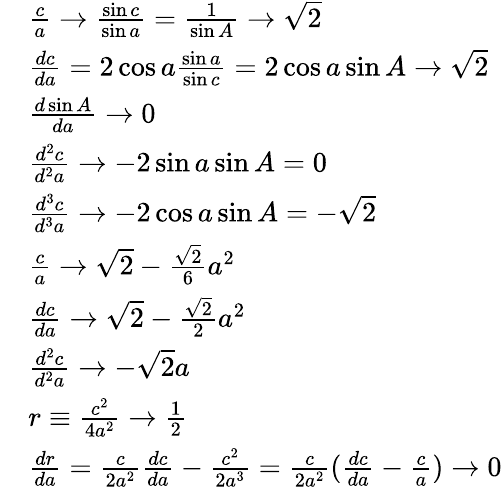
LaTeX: \begin{array}{rl}&{\frac{c}{a}\rightarrow\frac{\sin c}{\sin a}=\frac{1}{\sin A}\rightarrow\sqrt{2}}\\ &{\frac{dc}{da}=2\cos a\frac{\sin a}{\sin c}=2\cos a\sin A\rightarrow\sqrt{2}}\\ &{\frac{d\sin A}{da}\rightarrow 0}\\ &{\frac{d^{2}c}{d^{2}a}\rightarrow-2\sin a\sin A=0}\\ &{\frac{d^{3}c}{d^{3}a}\rightarrow-2\cos a\sin A=-\sqrt{2}}\\ &{\frac{c}{a}\rightarrow\sqrt{2}-\frac{\sqrt{2}}{6}a^{2}}\\ &{\frac{dc}{da}\rightarrow\sqrt{2}-\frac{\sqrt{2}}{2}a^{2}}\\ &{\frac{d^{2}c}{d^{2}a}\rightarrow-\sqrt{2}a}\\ &{r\equiv\frac{c^{2}}{4a^{2}}\rightarrow\frac{1}{2}}\\ &{\frac{dr}{da}=\frac{c}{2a^{2}}\frac{dc}{da}-\frac{c^{2}}{2a^{3}}=\frac{c}{2a^{2}}(\frac{dc}{da}-\frac{c}{a})\rightarrow 0}\end{array}